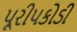
પૂરીપકોડી